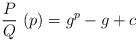
LaTeX: \begin{align*} \frac{P}{Q}\ (p) = g^p - g + c\end{align*}